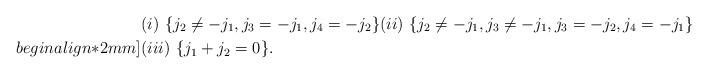
LaTeX: \begin{align*}&(i)\,\,\{ j_2\neq -j_1, j_3=-j_1, j_4=-j_2\}(ii)\,\,\{ j_{2}\neq -j_1, j_3\neq -j_1, j_3=-j_2, j_4=-j_1\} \\begin{align*}2mm]&(iii)\,\, \{ j_1+j_2=0\}.\end{align*}